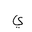
Letter: _ya